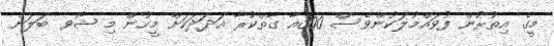
މީގެ އިތުރުން ފުވައްމުލަކުންވެސް 300އާ ގާތްކުރާ އަދަދަކަށް މީހުން މި ޝޯވ ބަލަން